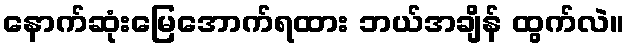
နောက်ဆုံးမြေအောက်ရထား ဘယ်အချိန် ထွက်လဲ။